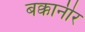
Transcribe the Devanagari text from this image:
बक्कानीर